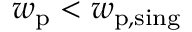
w _ { \mathrm { p } } < w _ { \mathrm { p , s i n g } }